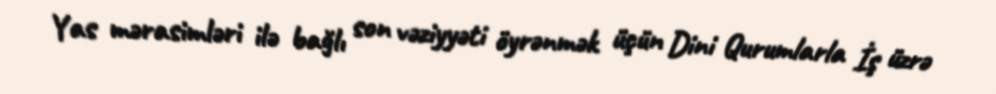
Yas mərasimləri ilə bağlı son vəziyyəti öyrənmək üçün Dini Qurumlarla İş üzrə